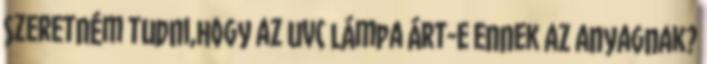
szeretném tudni,hogy az uvc lámpa árt-e ennek az anyagnak?